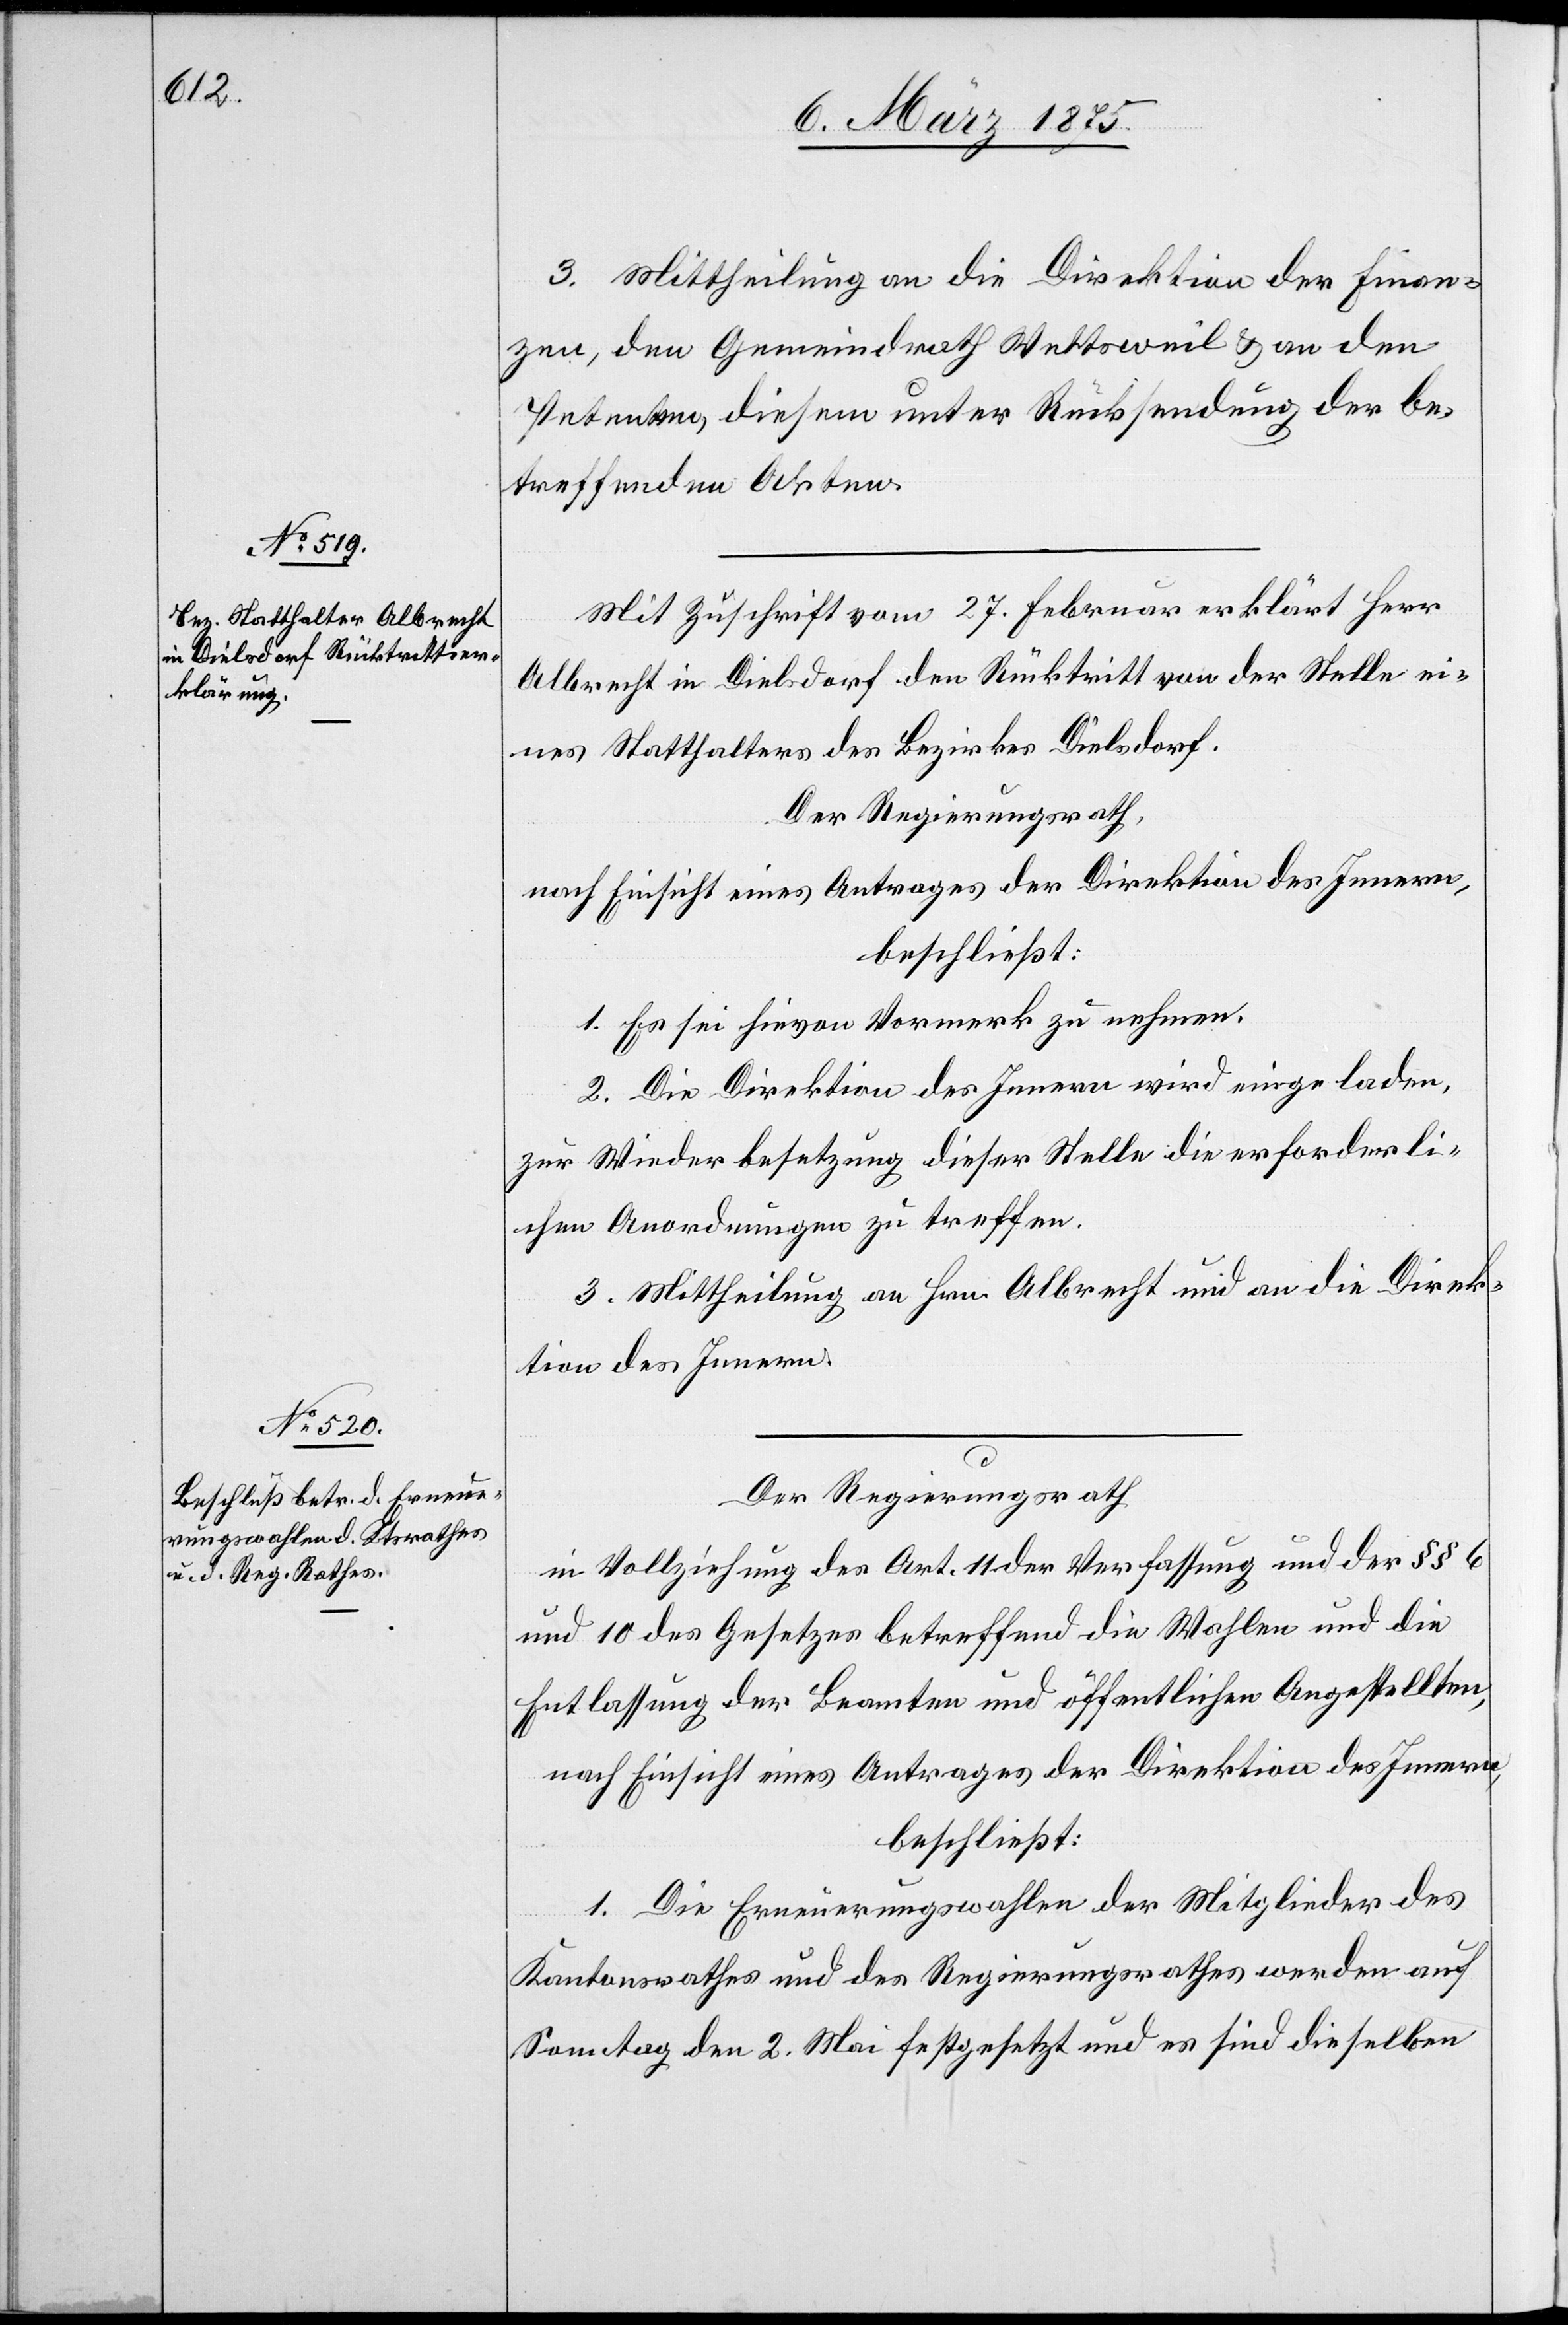
3. Mittheilung an die Direktion der Finan¬
zen, den Gemeinderath Wettsweil & an den
Petenten, diesem unter Rücksendung der be¬
treffenden Akten.
Mit Zuschrift vom 27. Februar erklärt Herr
Albrecht in Dielsdorf den Rücktritt von der Stelle ei¬
nes Statthalters des Bezirkes Dielsdorf.
Der Regierungsrath,
nach Einsicht eines Antrages der Direktion des Innern,
beschließt:
1. Es sei hievon Vormerk zu nehmen.
2. Die Direktion des Innern wird eingeladen,
zur Wiederbesetzung dieser Stelle die erforderli¬
chen Anordnungen zu treffen.
3. Mittheilung an Hrn. Albrecht und an die Direk¬
tion des Innern.
Der Regierungsrath,
in Vollziehung des Art. 11 der Verfassung und der §§ 6
und 10 des Gesetzes betreffend die Wahlen und die
Entlassung der Beamten und öffentlichen Angestellten,
nach Einsicht eines Antrages der Direktion des Innern,
beschließt:
1. Die Erneuerungswahlen der Mitglieder des
Kantonsrathes und des Regierungsrathes werden auf
Samstag den 2. Mai festgesetzt und es sind dieselben